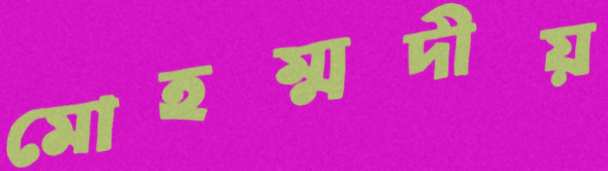
মোহম্মদীয়